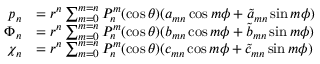
{ \begin{array} { r l } { p _ { n } } & { = r ^ { n } \sum _ { m = 0 } ^ { m = n } P _ { n } ^ { m } ( \cos \theta ) ( a _ { m n } \cos m \phi + { \tilde { a } } _ { m n } \sin m \phi ) } \\ { \Phi _ { n } } & { = r ^ { n } \sum _ { m = 0 } ^ { m = n } P _ { n } ^ { m } ( \cos \theta ) ( b _ { m n } \cos m \phi + { \tilde { b } } _ { m n } \sin m \phi ) } \\ { \chi _ { n } } & { = r ^ { n } \sum _ { m = 0 } ^ { m = n } P _ { n } ^ { m } ( \cos \theta ) ( c _ { m n } \cos m \phi + { \tilde { c } } _ { m n } \sin m \phi ) } \end{array} }